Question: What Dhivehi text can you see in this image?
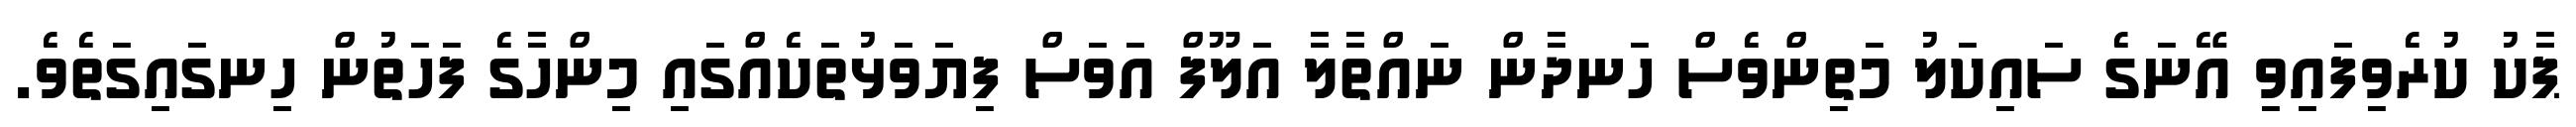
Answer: ޕާކު ކުރެވިފައިވި އޭނަގެ ސައިކަލު މަތިންވެސް ހަނދާން ނައްތާލާ އަލޫފް އަވަސް ފިޔަވަޅުތަކެއްގައި މިންހާގެ ފަހަތުން ހިނގައިގަތެވެ.